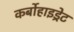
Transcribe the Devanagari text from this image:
कर्बोहाइड्रेट